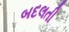
બદલતી